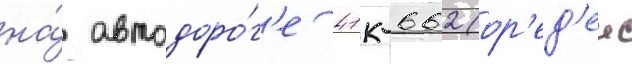
на́ автодоро́г'е 41к-662 (ор'ед'еж